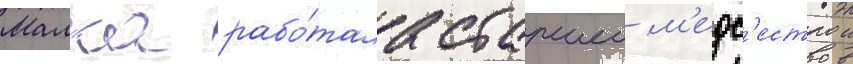
Малка рабо́тала старшеи м'едс'естрои